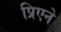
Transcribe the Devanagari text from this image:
प्रिएने